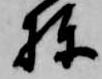
棟